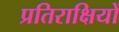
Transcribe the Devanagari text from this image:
प्रतिराक्षियों